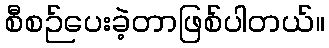
စီစဉ်ပေးခဲ့တာဖြစ်ပါတယ်။